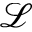
\mathcal { L }